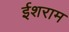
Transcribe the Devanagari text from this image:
ईशराम